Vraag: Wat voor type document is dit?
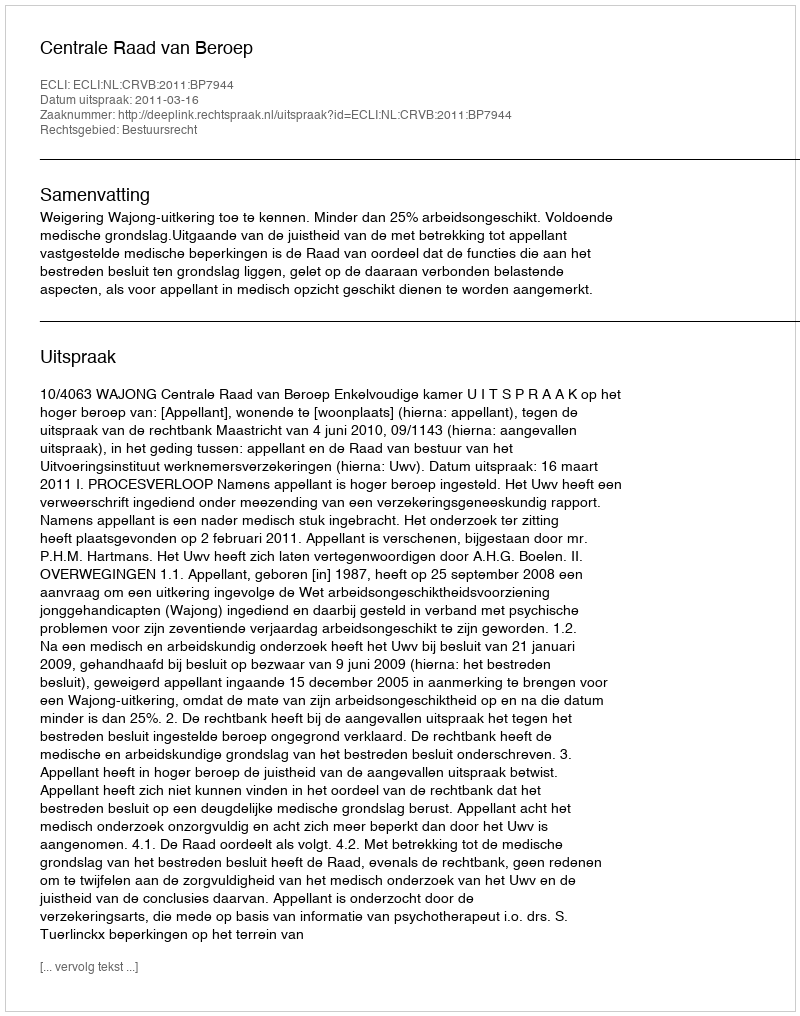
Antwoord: Uitspraak